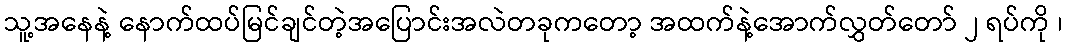
သူ့အနေနဲ့ နောက်ထပ်မြင်ချင်တဲ့အပြောင်းအလဲတခုကတော့ အထက်နဲ့အောက်လွှတ်တော် ၂ ရပ်ကို ၊